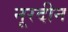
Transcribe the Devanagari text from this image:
नूरदीन